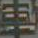
車